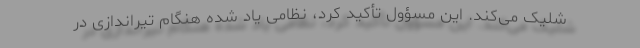
شلیک می‌کند. این مسؤول تأکید کرد، نظامی یاد شده هنگام تیراندازی در